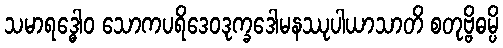
သမာရဒ္ဓေါဝ သောကပရိဒေဝဒုက္ခဒေါမနဿုပါယာသာတိ စတုဗ္ဗိဓမ္ပိ